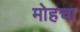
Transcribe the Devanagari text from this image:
मोहचा